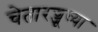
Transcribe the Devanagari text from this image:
चेतारज्जूच्या